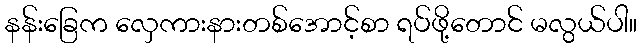
နန်းခြေက လှေကားနားတစ်အောင့်စာ ရပ်ဖို့တောင် မလွယ်ပါ။